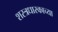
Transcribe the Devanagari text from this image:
शस्त्रधारकाच्या